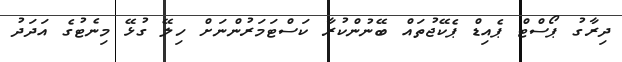
ދިރާގު ޕޯސްޓް ޕެއިޑް ޕެކޭޖުތައް ބޭނުންކުރާ ކަސްޓަމަރުންނަށް ހިލޭ ގުޅޭ މިނެޓުގެ އަދަދު